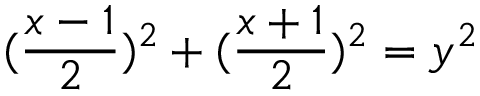
( { \frac { x - 1 } { 2 } } ) ^ { 2 } + ( { \frac { x + 1 } { 2 } } ) ^ { 2 } = y ^ { 2 }